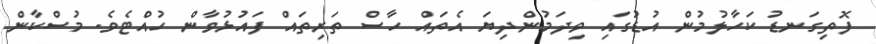
ފޮތިގަނޑު ކަހާލުމުން އުޑުގައި ވިދަމުންދިޔަ އެތައް ހާސް ތަރިތައް ފައުޅުވާން ހުއްޓެވެ. މުސްކާން